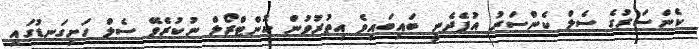
ކެންސަރުގެ ސެލް ކެންސަރު އުފެދެނީ ބައިބައިވެ އިތުރުވުން ކޮންޓްރޯލް ނުކުރެވޭ ސެލް ހަށިގަނޑުގައި